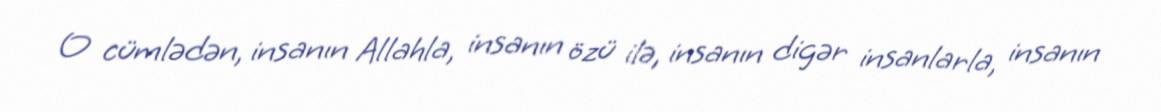
O cümlədən, insanın Allahla, insanın özü ilə, insanın digər insanlarla, insanın